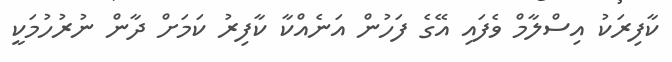
ކާފިރަކު އިސްލާމް ވެފައި އޭގެ ފަހުން އަނެއްކާ ކާފިރު ކަމަށް ދާން ނުރުހުމަކީ